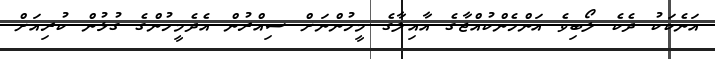
އަނެކަކު ދެކެ ލޯބިވެ އަންހެންކުއްޖާގެ އާއިލާގެ މީހުންނަށް ސިއްރުން އެދެމީހުންގެ ގުޅުން ކުރިއަށް